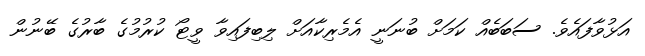
އަޅުވާފައެވެ. ސަބަބެއް ކަމަށް ބުނަނީ އެމެރިކާއަށް ލިބިފައިވާ ވީޓޯ ކުރުމުގެ ބާރުގެ ބޭނުން